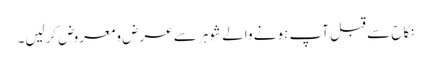
نکاح سے قبل آپ ہونے والے شوہر سے عرض ومعروض کرلیں۔